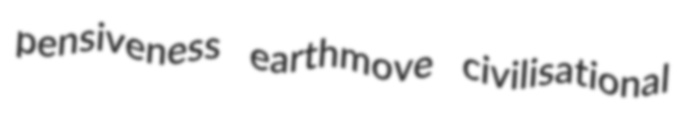
pensiveness earthmove civilisational